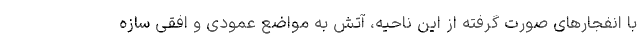
با انفجارهای صورت گرفته از این ناحیه، آتش به مواضع عمودی و افقی سازه